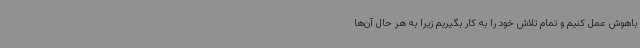
باهوش عمل کنیم و تمام تلاش خود را به کار بگیریم زیرا به هر حال آن‌ها